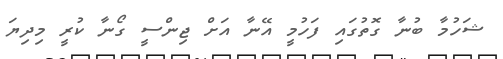
ޝަހުމާ ބުނާ ގޮތުގައި ފަހުމީ އޭނާ އަށް ޖިންސީ ގޯނާ ކުރީ މިދިޔަ